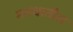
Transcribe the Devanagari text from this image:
मगधातील